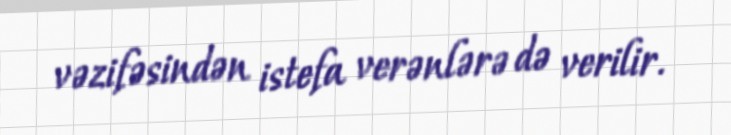
vəzifəsindən istefa verənlərə də verilir.